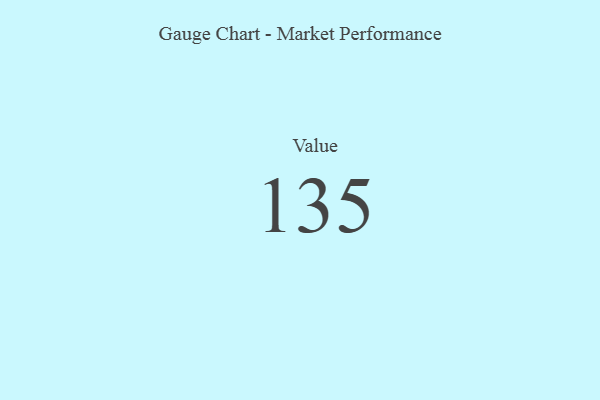
{"axis": {"x": "Metric", "y": "Value"}, "legend": [""], "data": [{"x": "Value", "y": 135, "type": ""}]}